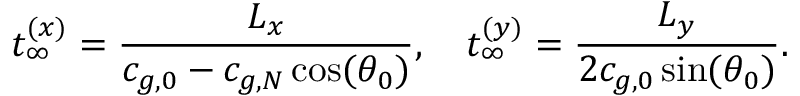
t _ { \infty } ^ { ( x ) } = \frac { L _ { x } } { c _ { g , 0 } - c _ { g , N } \cos ( \theta _ { 0 } ) } , \quad t _ { \infty } ^ { ( y ) } = \frac { L _ { y } } { 2 c _ { g , 0 } \sin ( \theta _ { 0 } ) } .